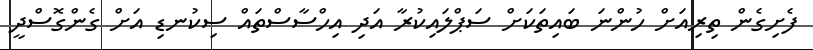
ފެށިގެން ތިރިއަށް ހުންނަ ބައިތަކަށް ސަޕްލައިކުރާ އަދި އިހްސާސްތައް ސިކުނޑި އަށް ގެންގޮސްދީ